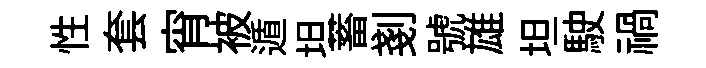
性套宵被遁坦蓄剗號雄坦駛禍